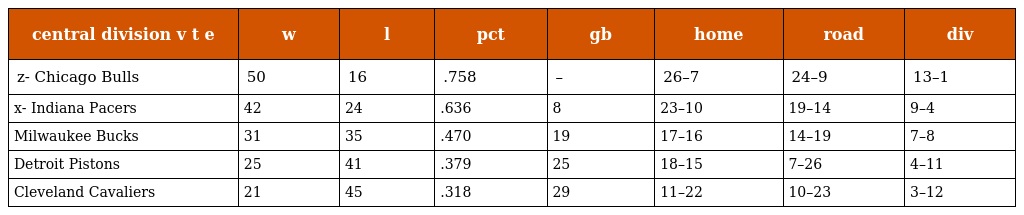
| central division v t e | w | l | pct | gb | home | road | div |
 | --- | --- | --- | --- | --- | --- | --- | --- |
 | z- Chicago Bulls | 50 | 16 | .758 | – | 26–7 | 24–9 | 13–1 |
 | x- Indiana Pacers | 42 | 24 | .636 | 8 | 23–10 | 19–14 | 9–4 |
 | Milwaukee Bucks | 31 | 35 | .470 | 19 | 17–16 | 14–19 | 7–8 |
 | Detroit Pistons | 25 | 41 | .379 | 25 | 18–15 | 7–26 | 4–11 |
 | Cleveland Cavaliers | 21 | 45 | .318 | 29 | 11–22 | 10–23 | 3–12 |